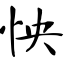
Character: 怏